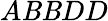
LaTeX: A\mathit{B}\mathit{B}DD